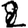
Digit: 2